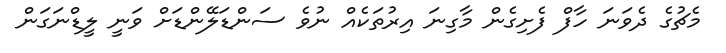
މެޗުގެ ދެވަނަ ހާފް ފެށިގެން މާގިނަ އިރުތަކެއް ނުވެ ސަންޑަލޭންޑަށް ވަނީ ލީޑްނަގަން